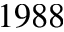
1 9 8 8